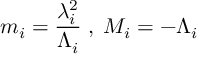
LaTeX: m _ { i } = \frac { \lambda _ { i } ^ { 2 } } { \Lambda _ { i } } \; , \; M _ { i } = - \Lambda _ { i }